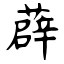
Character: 薜